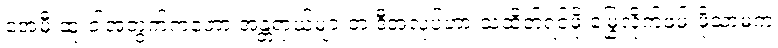
အေမီ ဆူးဝါအတွက်ကတော့ အန္တရာယ်များတဲ့ ဒီအလုပ်ဟာ သဲထိတ်ရင်ဖို မြွေလိုက်ဖမ်းဖို့သာမက